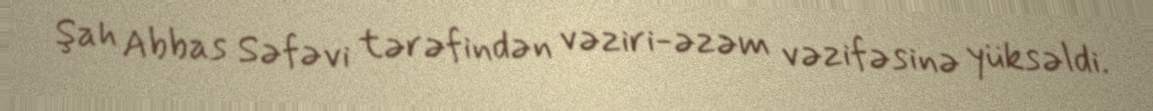
Şah Abbas Səfəvi tərəfindən vəziri-əzəm vəzifəsinə yüksəldi.